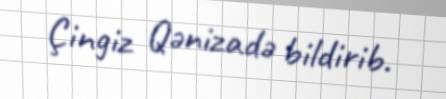
Çingiz Qənizadə bildirib.